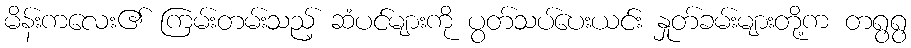
မိန်းကလေး၏ ကြမ်းတမ်းသည့် ဆံပင်များကို ပွတ်သပ်ပေးယင်း နှုတ်ခမ်းများတို့က တရွရွ